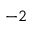
^ { - 2 }